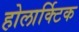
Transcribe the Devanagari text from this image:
होलार्क्टिक